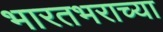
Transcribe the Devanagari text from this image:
भारतभराच्‍या